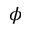
\phi